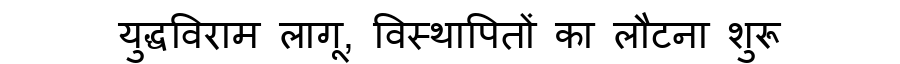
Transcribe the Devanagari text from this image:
युद्धविराम लागू, विस्थापितों का लौटना शुरू